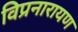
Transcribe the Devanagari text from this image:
विप्रनारायण